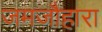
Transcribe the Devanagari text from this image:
जमजौहारा